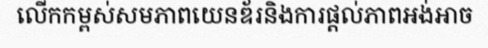
លើកកម្ពស់សមភាពយេនឌ័រនិងការផ្តល់ភាពអង់អាច